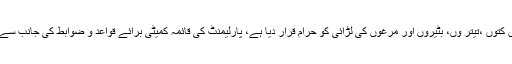
2015ء)ملک بھر کی سیاسی و مذہبی جماعتوں اور آئینی ماہرین نے جوئے کی مد میں کتوں ،تیتر وں، بٹیروں اور مرغوں کی لڑائی کو حرام قرار دیا ہے، پارلیمنٹ کی قائمہ کمیٹی برائے قواعد و ضوابط کی جانب سے ایک ممبر اسمبلی کو بچانے کیلئے اسے جائز قرار دینے پر سخت مذمت کی گئی ہے۔